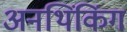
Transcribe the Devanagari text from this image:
अनथिंकिंग